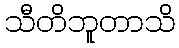
သီတိဘူတာသိ